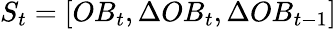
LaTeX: S_{t}=[OB_{t},\Delta OB_{t},\Delta OB_{t-1}]